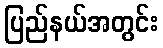
ပြည်နယ်အတွင်း